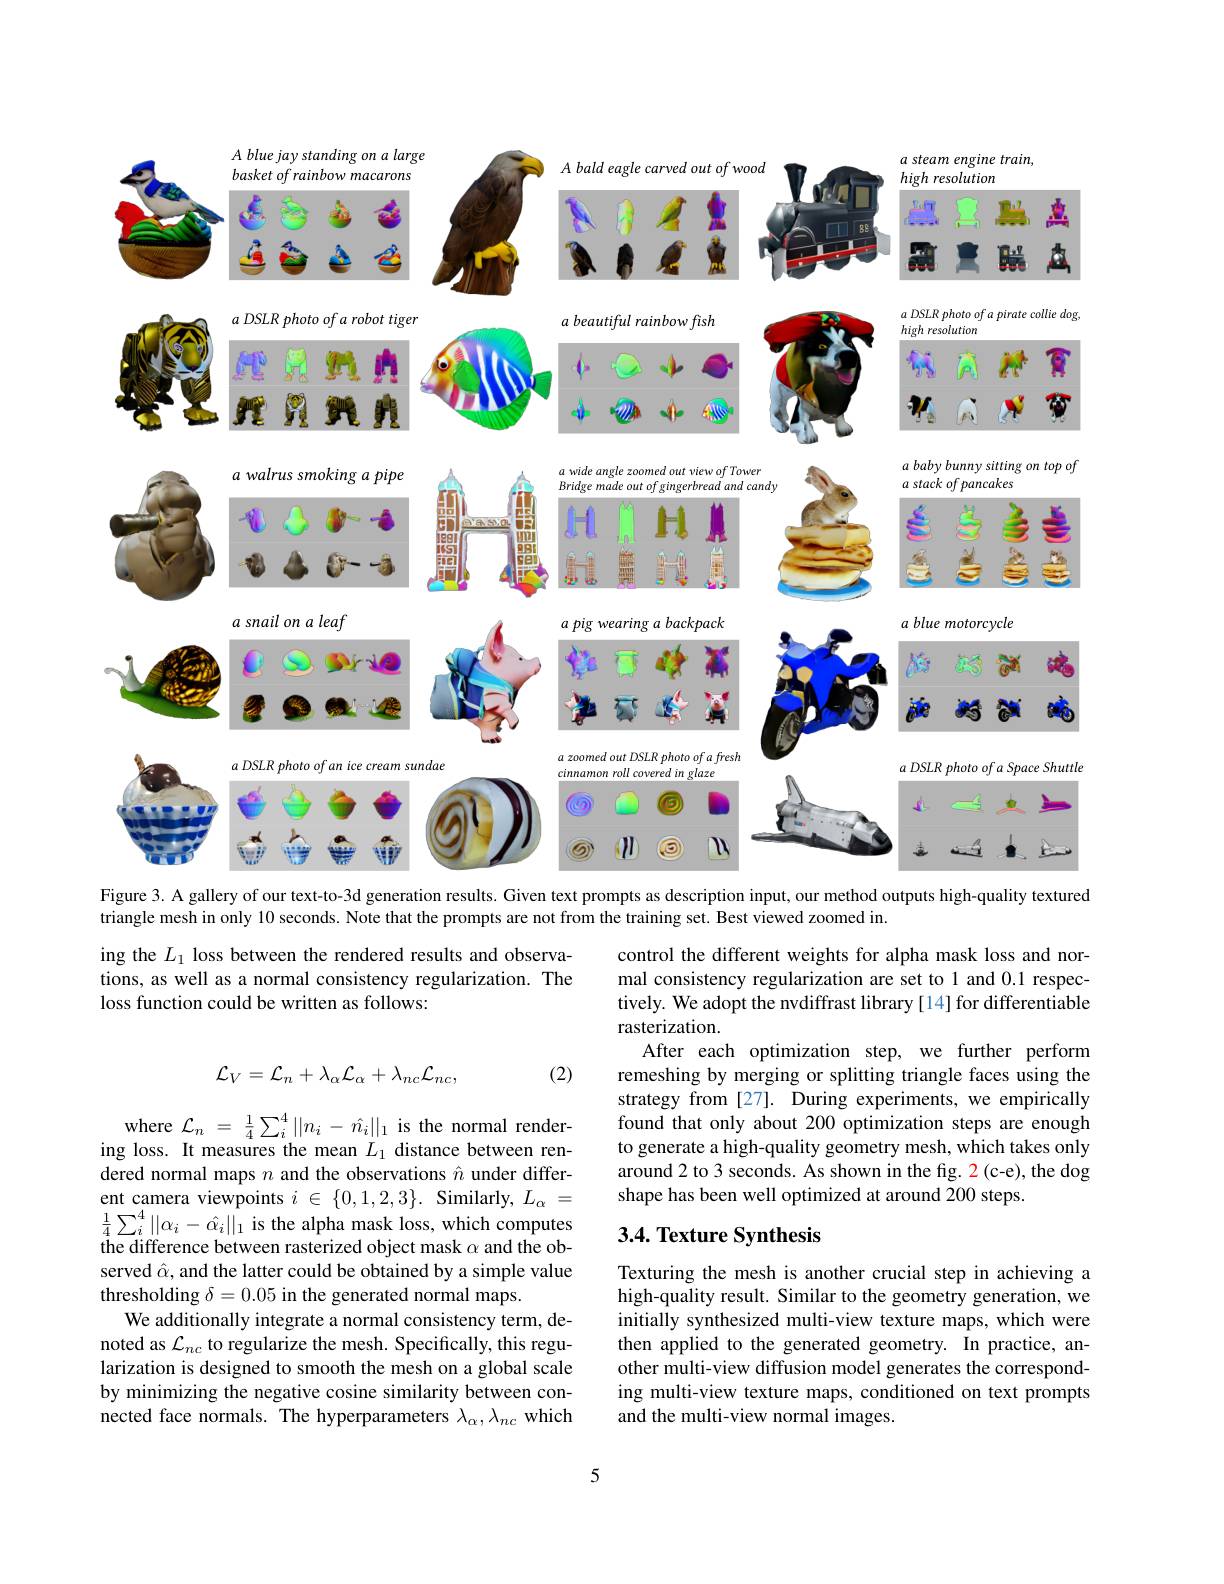
<FigureHere>

Figure 3. A gallery of our text-to-3d generation results. Given text prompts as description input, our method outputs high-quality textured

triangle mesh in only 10 seconds. Note that the prompts are not from the training set. Best viewed zoomed in.

ing the $L_1$ loss between the rendered results and observations, as well as a normal consistency regularization. The loss function could be written as follows:

control the different weights for alpha mask loss and normal consistency regularization are set to 1 and 0.1 respectively. We adopt the nvdiffrast library [14] for differentiable rasterization.
After each optimization step, we further perform remeshing by merging or splitting triangle faces using the strategy from [27]. During experiments, we empirically found that only about 200 optimization steps are enough to generate a high-quality geometry mesh, which takes only around 2 to 3 seconds. As shown in the fig. 2 (c-e), the dog shape has been well optimized at around 200 steps.

(2)
$$\mathcal{L}_{V}=\mathcal{L}_{n}+\lambda_{\alpha}\mathcal{L}_{\alpha}+\lambda_{nc}\mathcal{L}_{nc},$$
## 3.4. Texture Synthesis

where $\mathcal{L}_n=\frac14\sum_i^4\|n_i-\hat{n}_i\|_1$ is the normal rendering loss. It measures the mean $L_1$ distance between rendered normal maps $n$ and the observations $\hat{n}$ under different camera viewpoints $i\in\{0,1,2,3\}.$ Similarly, $L_\alpha=$ $\frac{1}{4}\sum_{i}^{4}\|\alpha_{i}-\hat{\alpha_{i}}\|_{1}$ is the alpha mask loss, which computes the difference between rasterized object mask $\alpha$ and the observed $\hat{\alpha}$, and the latter could be obtained by a simple value thresholding $\delta=0.05$ in the generated normal maps.
We additionally integrate a normal consistency term, denoted as $\mathcal{L}_nc$ to regularize the mesh. Specifically, this regularization is designed to smooth the mesh on a global scale by minimizing the negative cosine similarity between connected face normals. The hyperparameters $\lambda_\alpha,\lambda_{nc}$ which

Texturing the mesh is another crucial step in achieving a high-quality result. Similar to the geometry generation, we initially synthesized multi-view texture maps, which were then applied to the generated geometry. In practice, another multi-view diffusion model generates the corresponding multi-view texture maps, conditioned on text prompts and the multi-view normal images.

5